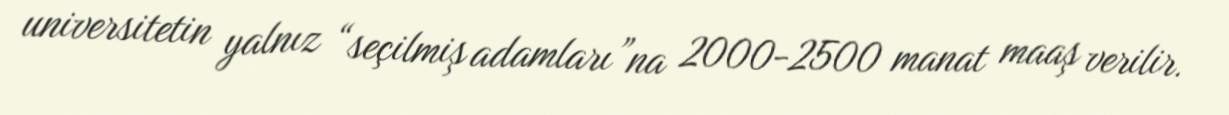
universitetin yalnız “seçilmiş adamları”na 2000-2500 manat maaş verilir.